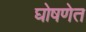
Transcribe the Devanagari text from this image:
घोषणेत